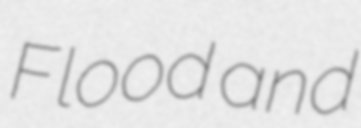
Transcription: Flood and